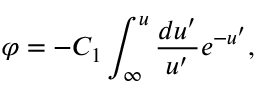
\varphi = - C _ { 1 } \int _ { \infty } ^ { u } \frac { d u ^ { \prime } } { u ^ { \prime } } e ^ { - u ^ { \prime } } ,